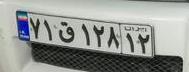
۷۱ق۱۲۸۱۲